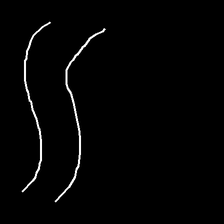
Glyph: float